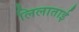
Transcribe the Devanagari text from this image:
लिलाताई